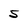
Character: 5